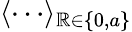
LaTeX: \langle\cdots\rangle_{\mathbb{R}\in\{ 0,a\} }